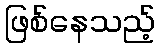
ဖြစ်နေသည့်